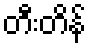
တီးတိန်